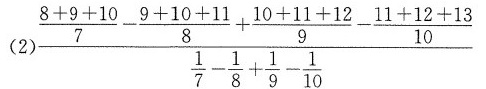
(2) $$ \fra c{\frac {8+9+10} {7} - \frac {9+10+11} {8} + \frac {10+11+12} {9} - \frac {11+12+13} {10} } {\frac {1} {7} - \frac {1} {8} +\frac {1} {9} -\frac {1} {10} } $$